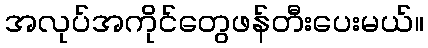
အလုပ်အကိုင်တွေဖန်တီးပေးမယ်။